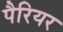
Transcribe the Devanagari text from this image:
पैरियर